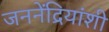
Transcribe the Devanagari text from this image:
जननेंद्रियांशी